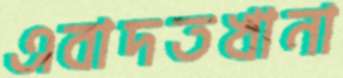
এবাদতখানা